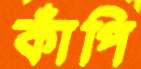
কাঁপি